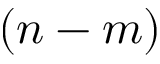
( n - m )